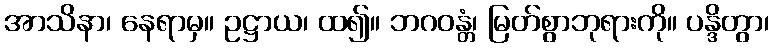
အာသိနာ၊ နေရာမှ။ ဥဋ္ဌာယ၊ ထ၍။ ဘဂဝန္တံ၊ မြတ်စွာဘုရားကို။ ပန္ဒိတွာ၊